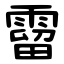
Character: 霤